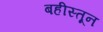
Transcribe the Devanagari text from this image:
बहीस्तून